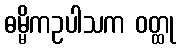
ဓမ္မိကဥပါသက ဝတ္ထု